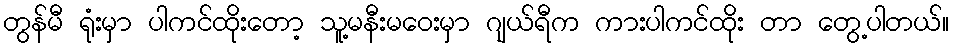
တွန်မီ ရုံးမှာ ပါကင်ထိုးတော့ သူ့မနီးမဝေးမှာ ဂျယ်ရီက ကားပါကင်ထိုး တာ တွေ့ပါတယ်။